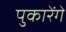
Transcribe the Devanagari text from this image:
पुकारेंगे